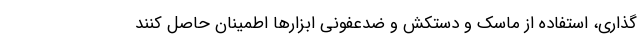
گذاری، استفاده از ماسک و دستکش و ضدعفونی ابزارها اطمینان حاصل کنند